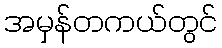
အမှန်တကယ်တွင်